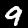
Label: 9